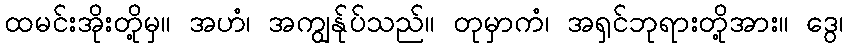
ထမင်းအိုးတို့မှ။ အဟံ၊ အကျွန်ုပ်သည်။ တုမှာကံ၊ အရှင်ဘုရားတို့အား။ ဒွေ၊